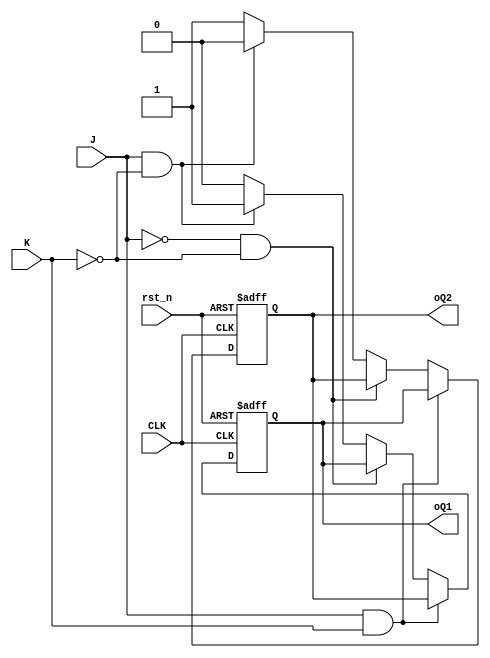
`timescale 1ns / 1ps
module JK_FF(
    input CLK,
    input J,
    input K,
    input rst_n,
    output reg oQ1,
    output reg oQ2
    );
    always @(posedge CLK or negedge rst_n) begin
        if(rst_n == 0) begin
            oQ1 <= 0;
            oQ2 <= 1;
        end

        else begin
            if(J == 1 && K == 1) begin
                oQ1 <= oQ2;
                oQ2 <= oQ1;
            end   
            else if(J == 0 && K == 0) begin
                oQ1 <= oQ1;
                oQ2 <= oQ2;
            end 
            else if(J == 1 && K == 0) begin
                oQ1 <= 1;
                oQ2 <= 0;
            end
            else begin
                oQ1 <= 0;
                oQ2 <= 1;
            end
        end
    end
endmodule